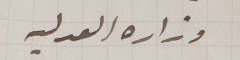
وزارة العدليه